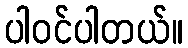
ပါဝင်ပါတယ်။